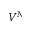
V ^ { N }